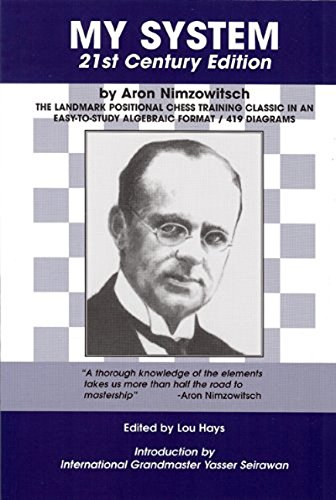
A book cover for My System: 21st Century Edition; Aron Nimzowitsch; Humor & Entertainment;